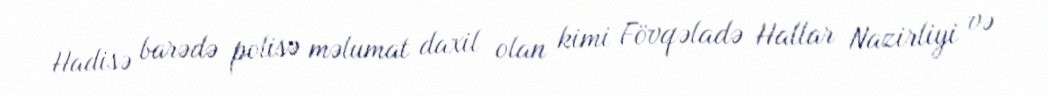
Hadisə barədə polisə məlumat daxil olan kimi Fövqəladə Hallar Nazirliyi və